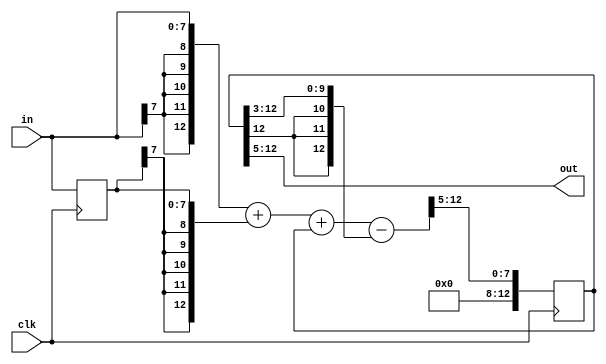
module LPF2(out,in,clk);
  output [7:0] out;
  input [7:0] in;
  input clk;
  
  wire [12:0] out32_temp;
  assign out32_temp = {{5{in[7]}},in} +{{5{in_d[7]}},in_d}
                      +out32-{{3{out32[12]}},out32[12:3]};
  reg [12:0] out32;
  reg [7:0] in_d;
  always @(posedge clk) begin
      in_d <= in;
		out32 <= out32_temp[12:5];
  end	
  wire [7:0] out;
  assign out=out32[12:5];
endmodule